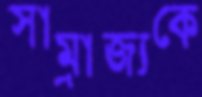
সাম্রাজ্যকে